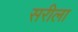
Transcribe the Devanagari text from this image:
सरीला